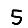
Digit: 5